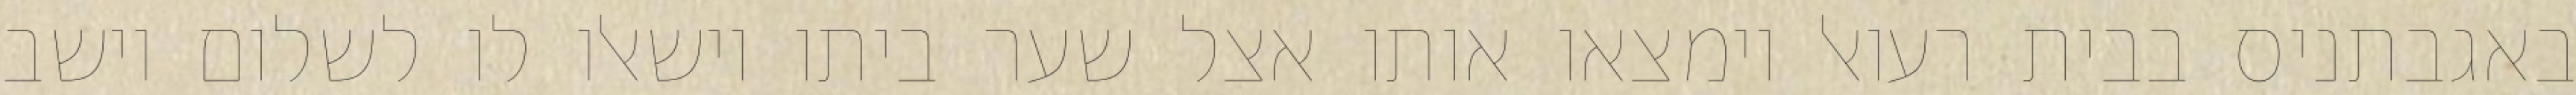
באגבתניס בבית רעואל וימצאו אותו אצל שער ביתו וישאלו לו לשלום וישב